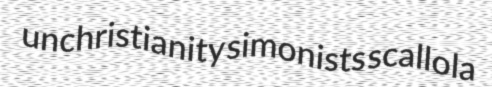
unchristianity simonists scallola